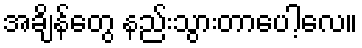
အချိန်တွေ နည်းသွားတာပေါ့လေ။